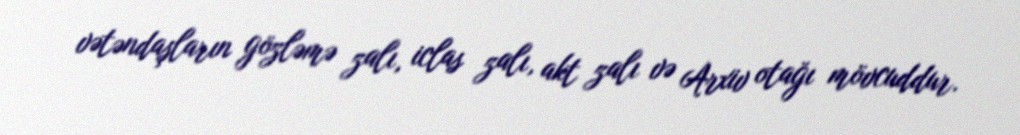
vətəndaşların gözləmə zalı, iclas zalı, akt zalı və Arxiv otağı mövcuddur.